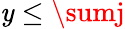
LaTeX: \mathit{y}\leq\sumj